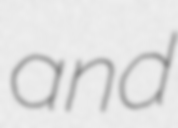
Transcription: and